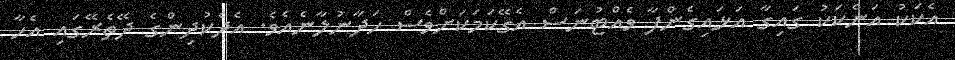
އެކަކު އަނެކަކު ގައިގާ އަޅައިގެންފާ ވެއްޓުނަސް އެގޭކަމަކަށްވެސް ހަދާނުލާނެއެވެ. އެދެކުދިންގެ ދޭތެރޭގައި އެހާ